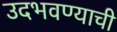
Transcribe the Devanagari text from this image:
उदभवण्याची